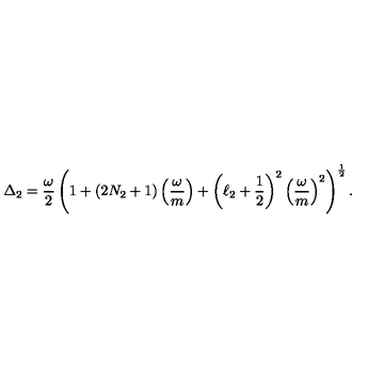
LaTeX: \Delta _ { 2 } = { \frac { \omega } { 2 } } \left( 1 + ( 2 N _ { 2 } + 1 ) \left( { \frac { \omega } { m } } \right) + \left( \ell _ { 2 } + { \frac { 1 } { 2 } } \right) ^ { 2 } \left( { \frac { \omega } { m } } \right) ^ { 2 } \right) ^ { { \frac { 1 } { 2 } } } .